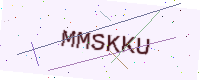
Text: MMSKKU